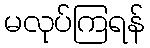
မလုပ်ကြရန်